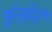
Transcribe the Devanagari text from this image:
इंन्होने